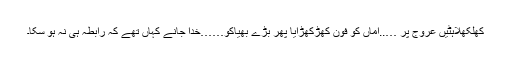
کھلکھلاہٹیں عروج پر …..اماں کو فون کھڑکھڑایا پھر بڑے بھیاکو……خدا جانے کہاں تھے کہ رابطہ ہی نہ ہو سکا۔